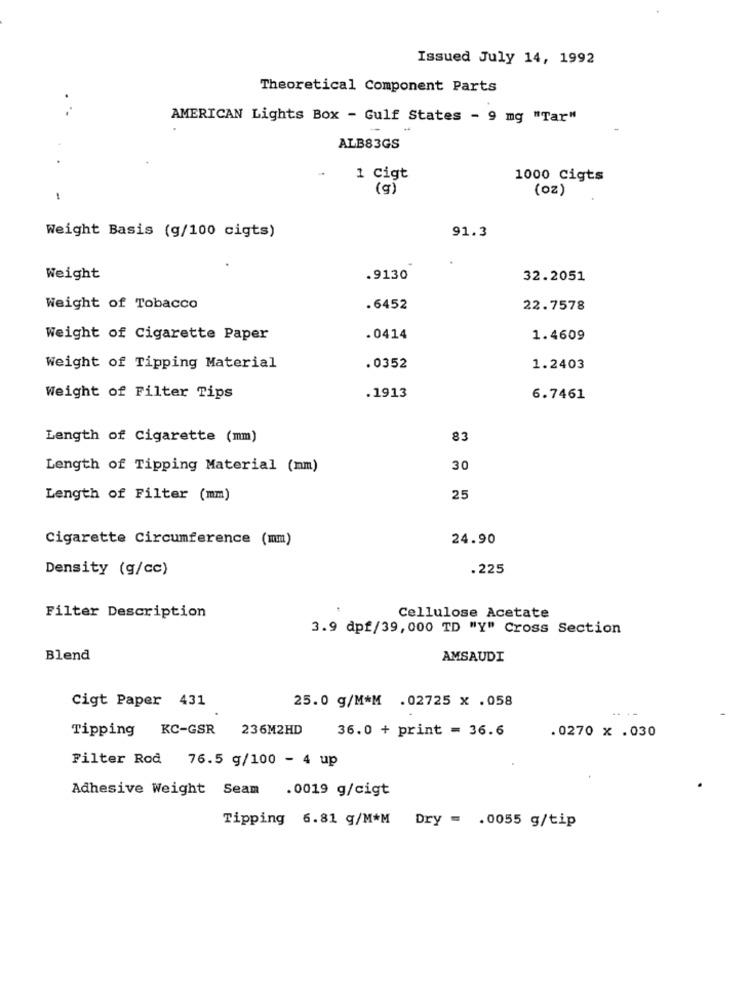
Issued July 14, 1992
Theoretical Component Parts
AMERICAN Lights Box - Gulf States - 9 mg "Tar"
ALB83GS
..
1 Cigt
1000 Cigts
(g)
(oz)
-
91.3
Weight Basis (g/100 cigts)
Weight
.9130
32.2051
Weight of Tobacco
.6452
22.7578
Weight of Cigarette Paper
.0414
1.4609
Weight of Tipping Material
. 0352
1.2403
Weight of Filter Tips
.1913
6.7461
Length of Cigarette (mm)
83
Length of Tipping Material (mm)
30
Length of Filter (mm)
25
Cigarette Circumference (mm)
24.90
Density (g/cc)
.225
Filter Description
Cellulose Acetate
3.9 dpf/39,000 TD "Y" Cross Section
Blend
AMSAUDI
Cigt Paper 431
25.0 g/M*M .02725 x .058
.--
Tipping KC-GSR 236M2HD
36.0 + print = 36.6
.0270 x .030
Filter Rod 76.5 g/100 - 4 up
Adhesive Weight Seam
.0019 g/cigt
Tipping 6.81 g/M*M Dry = . 0055 g/tip